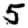
Digit: 5